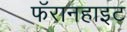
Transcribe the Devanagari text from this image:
फॅरानहाइट